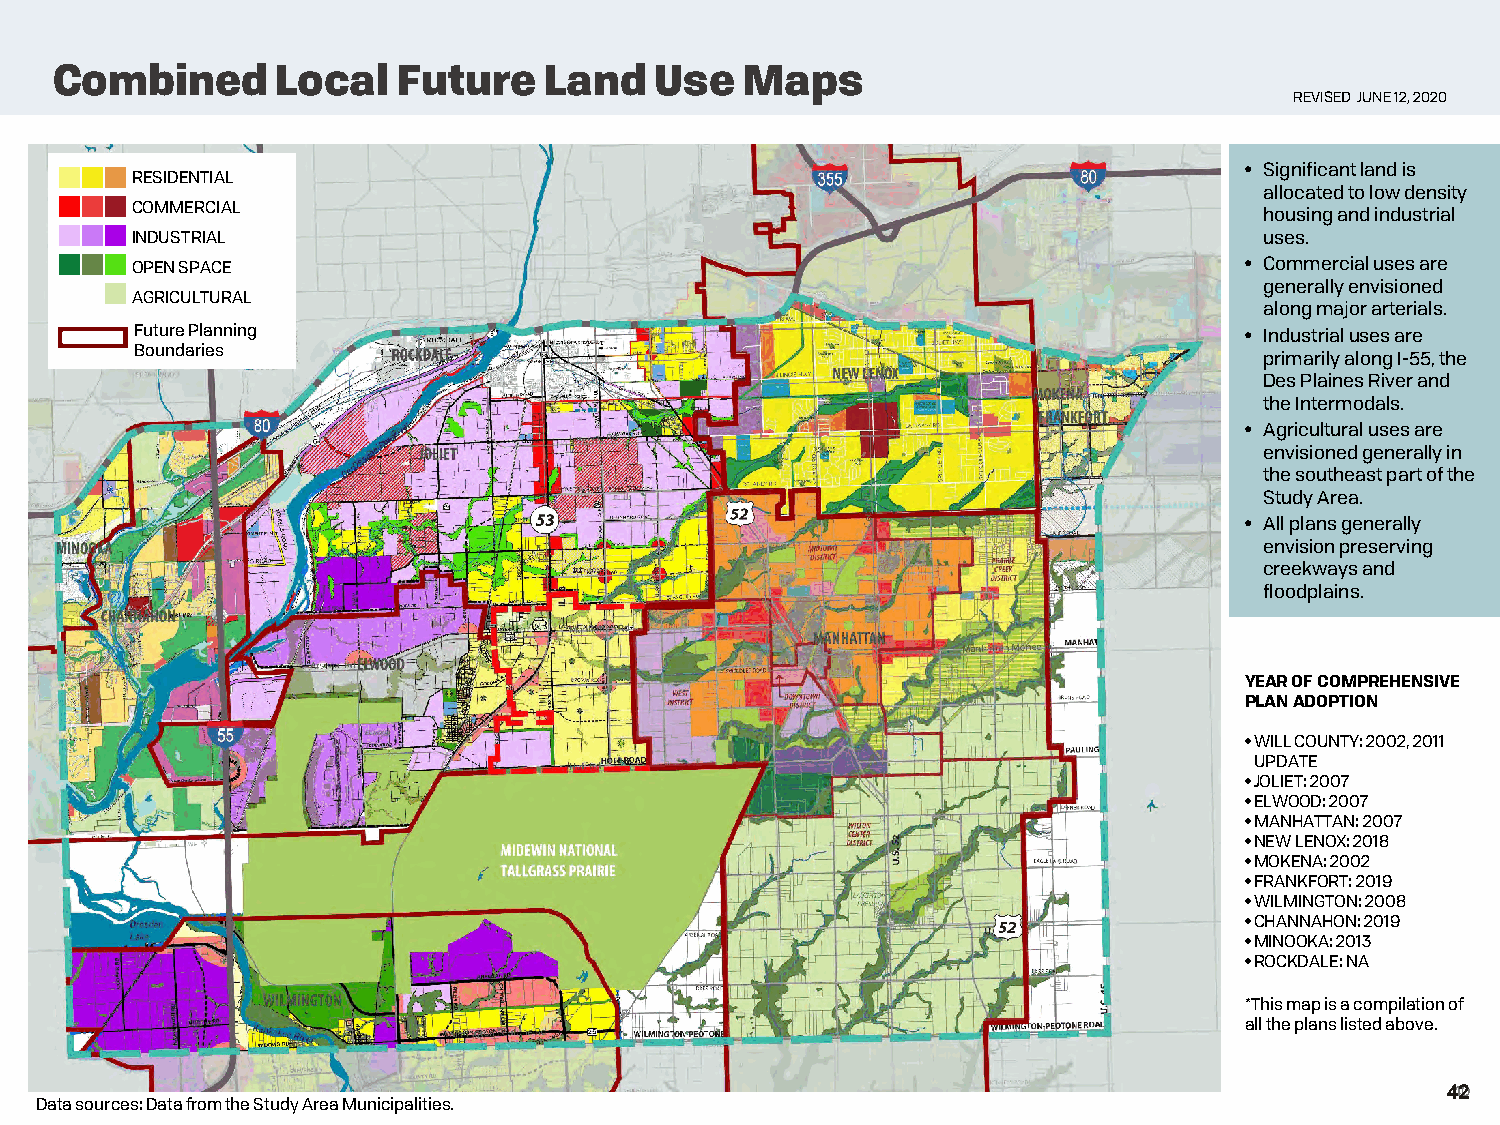
Combined       Local   Future    Land   Use   Maps
 REVISED JUNE 12, 2020
 • Significant land is
 RESIDENTIAL
 allocated to low density
 COMMERCIAL
 housing and industrial
 INDUSTRIAL                                                                 uses.
 OPEN SPACE                                                               • Commercial uses are
 generally envisioned
 AGRICULTURAL
 along major arterials.
 Future Planning                                                          • Industrial uses are
 Boundaries
 primarily along I-55, the
 Des Plaines River and
 the Intermodals.
 • Agricultural uses are
 envisioned generally in
 the southeast part of the
 Study Area.
 • All plans generally
 envision preserving
 creekwaysand
 floodplains.
 YEAR OF COMPREHENSIVE
 PLAN ADOPTION
 •WILL COUNTY: 2002, 2011
 UPDATE
 •JOLIET: 2007
 •ELWOOD: 2007
 •MANHATTAN: 2007
 •NEW LENOX: 2018
 •MOKENA: 2002
 •FRANKFORT: 2019
 •WILMINGTON: 2008
 •CHANNAHON: 2019
 •MINOOKA: 2013
 •ROCKDALE: NA
 *This map is a compilation of
 all the plans listed above.
 4420
 Data sources: Data from the Study Area Municipalities.